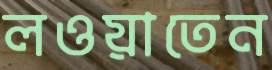
লওয়াতেন